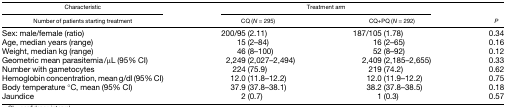
<table><thead><tr><td><b>Characteristic</b></td><td colspan="2"><b>Treatment arm</b></td><td></td></tr><tr><td><b>Number of patients starting treatment</b></td><td><b>CQ (<i>N</i> = 295)</b></td><td><b>CQ+PQ (<i>N</i> = 292)</b></td><td><b><i>P</i></b></td></tr></thead><tbody><tr><td>Sex: male/female (ratio)</td><td>200/95 (2.11)</td><td>187/105 (1.78)</td><td>0.34</td></tr><tr><td>Age, median years (range)</td><td>15 (2–84)</td><td>16 (2–65)</td><td>0.16</td></tr><tr><td>Weight, median kg (range)</td><td>46 (8–100)</td><td>52 (8–92)</td><td>0.12</td></tr><tr><td>Geometric mean parasitemia/μL (95% CI)</td><td>2,249 (2,027–2,494)</td><td>2,409 (2,185–2,655)</td><td>0.33</td></tr><tr><td>Number with gametocytes</td><td>224 (75.9)</td><td>219 (74.2)</td><td>0.62</td></tr><tr><td>Hemoglobin concentration, mean g/dl (95% CI)</td><td>12.0 (11.8–12.2)</td><td>12.0 (11.9–12.2)</td><td>0.75</td></tr><tr><td>Body temperature °C, mean (95% CI)</td><td>37.9 (37.8–38.1)</td><td>38.2 (37.8–38.5)</td><td>0.18</td></tr><tr><td>Jaundice</td><td>2 (0.7)</td><td>1 (0.3)</td><td>0.57</td></tr></tbody></table>